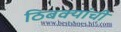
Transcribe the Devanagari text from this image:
ठिबक्यांची